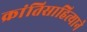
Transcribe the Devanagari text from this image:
क्रांतिसाहित्याने